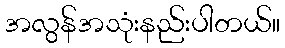
အလွန်အသုံးနည်းပါတယ်။